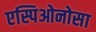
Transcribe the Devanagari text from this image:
एस्पिओनोसा